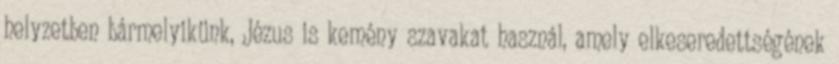
helyzetben bármelyikünk, Jézus is kemény szavakat használ, amely elkeseredettségének